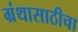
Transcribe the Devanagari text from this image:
ग्रंथासाठीचा